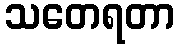
သတေရတာ